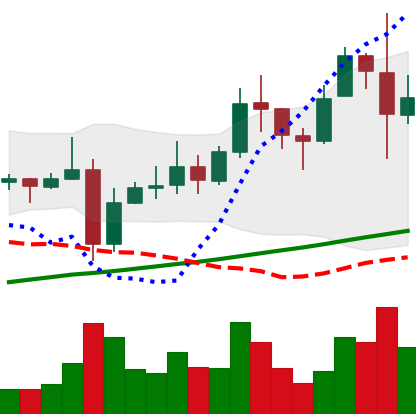
Ticker: XRP-USD
Chart end date: 2021-11-11
Forward return: -10.459%
Label: down_7plus